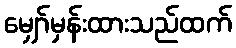
မျှော်မှန်းထားသည်ထက်